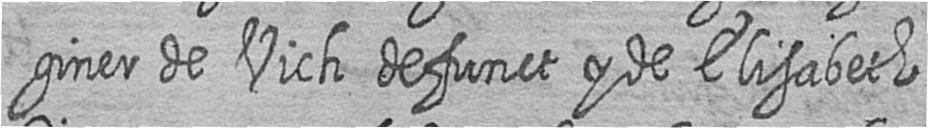
giner de Vich defunct y de Elisabeth